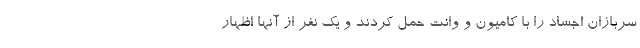
سربازان اجساد را با کامیون و وانت حمل کردند و یک نفر از آنها اظهار